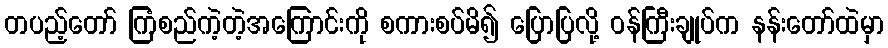
တပည့်တော် ကြံစည်ကဲ့တဲ့အကြောင်းကို စကားစပ်မိ၍ ပြောပြလို့ ဝန်ကြီးချုပ်က နန်းတော်ထဲမှာ